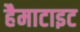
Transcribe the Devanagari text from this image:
हैमाटाइट